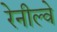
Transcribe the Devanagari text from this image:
रेनील्वे